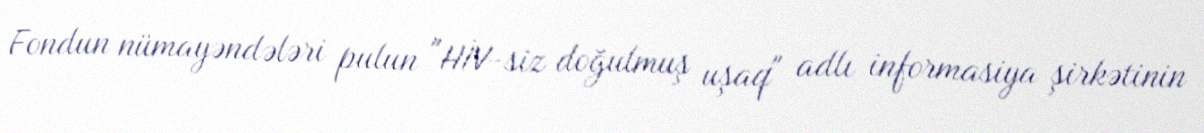
Fondun nümayəndələri pulun "HİV-siz doğulmuş uşaq" adlı informasiya şirkətinin